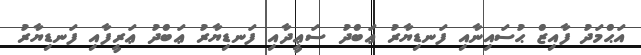
އަޙްމަދު ފާއިޒް ޙުސައިނާއި ފަނޑިޔާރު ޢަބްދު ސަޢީދާއި ފަނޑިޔާރު ޢަބްދު ޢަރީފާއި ފަނޑިޔާރު